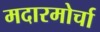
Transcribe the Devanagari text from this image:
मदारमोर्चा